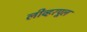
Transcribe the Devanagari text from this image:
लीव्हरपूल